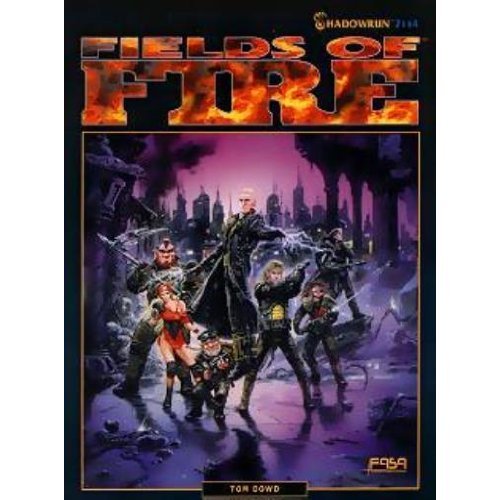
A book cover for Shadowrun: Fields of Fire (FAS7114); Tom Dowd; Science Fiction & Fantasy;